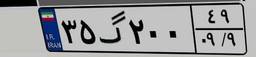
۳۵گ۲۰۰۴۹